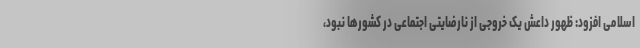
اسلامی افزود: ظهور داعش یک خروجی از نارضایتی اجتماعی در کشورها نبود،